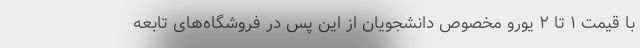
با قیمت ۱ تا ۲ یورو مخصوص دانشجویان از این پس در فروشگاه‌های تابعه